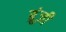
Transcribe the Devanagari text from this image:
ब्रूंज़ी